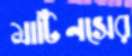
মার্টিনসের